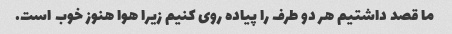
ما قصد داشتیم هر دو طرف را پیاده روی کنیم زیرا هوا هنوز خوب است.